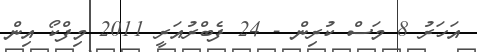
އަހަރު 8 މަސް ކުރިން - 24 ފެބްރުއަރީ 2011 މިފްކޯ އިން